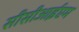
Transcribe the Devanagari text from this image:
सीसीआईएम